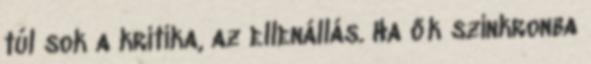
túl sok a kritika, az ellenállás. Ha ők szinkronba